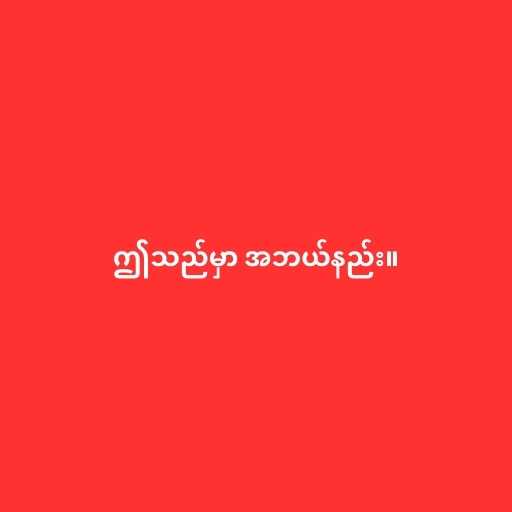
ဤသည်မှာ အဘယ်နည်း။